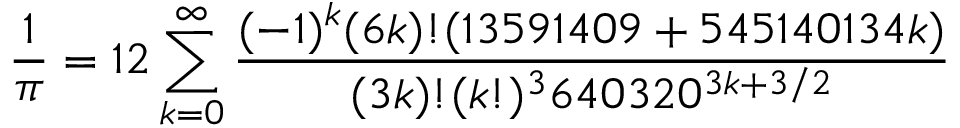
{ \frac { 1 } { \pi } } = 1 2 \sum _ { k = 0 } ^ { \infty } { \frac { ( - 1 ) ^ { k } ( 6 k ) ! ( 1 3 5 9 1 4 0 9 + 5 4 5 1 4 0 1 3 4 k ) } { ( 3 k ) ! ( k ! ) ^ { 3 } 6 4 0 3 2 0 ^ { 3 k + 3 / 2 } } }